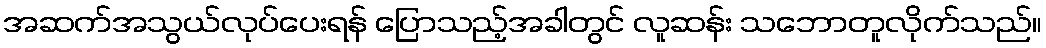
အဆက်အသွယ်လုပ်ပေးရန် ပြောသည့်အခါတွင် လူဆန်း သဘောတူလိုက်သည်။